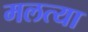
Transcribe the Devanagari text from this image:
मलत्या